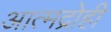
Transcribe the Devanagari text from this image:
आत्मद्रोही